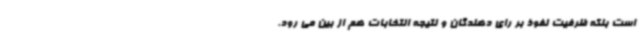
است بلکه ظرفیت نفوذ بر رای دهندگان و نتیجه انتخابات هم از بین می رود.